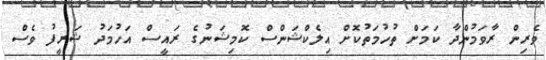
ވެރިން ރާވަމުންދާ ކަމަށް ތުހުމަތުކޮށް އިލެކްޝަންސް ކޮމިޝަނުގެ ރައީސް އަހުމަދު ޝަރީފު ވެސް